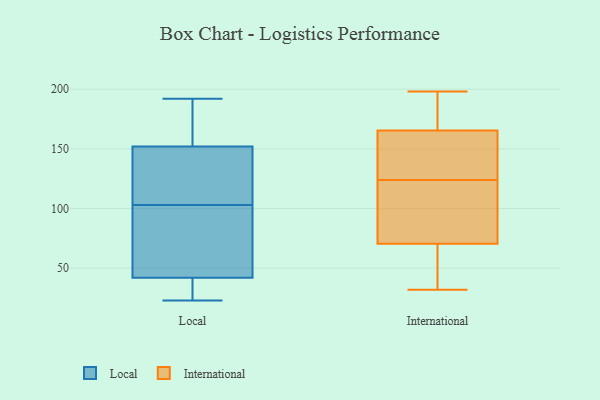
{"axis": {"x": "Headcount", "y": "Value"}, "legend": ["International", "Local"], "data": [{"x": "", "y": 169, "type": "Local"}, {"x": "", "y": 98, "type": "Local"}, {"x": "", "y": 86, "type": "Local"}, {"x": "", "y": 23, "type": "Local"}, {"x": "", "y": 128, "type": "Local"}, {"x": "", "y": 108, "type": "Local"}, {"x": "", "y": 38, "type": "Local"}, {"x": "", "y": 192, "type": "Local"}, {"x": "", "y": 37, "type": "Local"}, {"x": "", "y": 152, "type": "Local"}, {"x": "", "y": 42, "type": "Local"}, {"x": "", "y": 60, "type": "Local"}, {"x": "", "y": 126, "type": "Local"}, {"x": "", "y": 191, "type": "Local"}, {"x": "", "y": 64, "type": "International"}, {"x": "", "y": 116, "type": "International"}, {"x": "", "y": 158, "type": "International"}, {"x": "", "y": 86, "type": "International"}, {"x": "", "y": 88, "type": "International"}, {"x": "", "y": 163, "type": "International"}, {"x": "", "y": 143, "type": "International"}, {"x": "", "y": 41, "type": "International"}, {"x": "", "y": 132, "type": "International"}, {"x": "", "y": 140, "type": "International"}, {"x": "", "y": 39, "type": "International"}, {"x": "", "y": 77, "type": "International"}, {"x": "", "y": 59, "type": "International"}, {"x": "", "y": 187, "type": "International"}, {"x": "", "y": 193, "type": "International"}, {"x": "", "y": 86, "type": "International"}, {"x": "", "y": 168, "type": "International"}, {"x": "", "y": 198, "type": "International"}, {"x": "", "y": 193, "type": "International"}, {"x": "", "y": 32, "type": "International"}]}